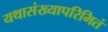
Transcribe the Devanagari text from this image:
यथासंख्यापरिमितं